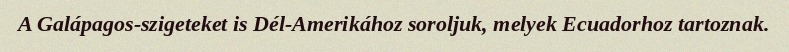
A Galápagos-szigeteket is Dél-Amerikához soroljuk, melyek Ecuadorhoz tartoznak.